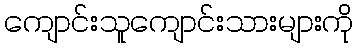
ကျောင်းသူကျောင်းသားများကို